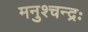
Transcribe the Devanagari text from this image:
मनुश्चन्द्रः